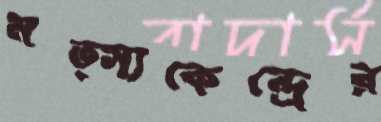
মত্স্যকেন্দ্রের